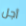
أجل